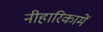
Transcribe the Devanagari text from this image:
नीहारिकामें